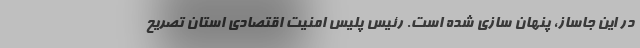
در این جاساز، پنهان سازی شده است. رئیس پلیس امنیت اقتصادی استان تصریح